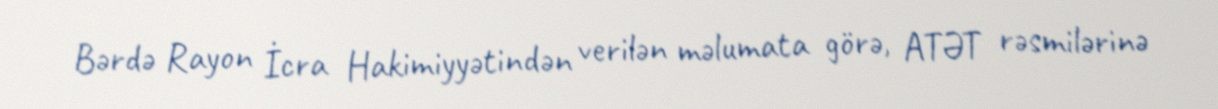
Bərdə Rayon İcra Hakimiyyətindən verilən məlumata görə, ATƏT rəsmilərinə